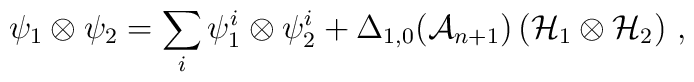
\psi_1 \otimes \psi_2 = \sum_i \psi^i_1 \otimes \psi^i_2 + \Delta_{1,0}({\cal A}_{n+1}) \left({\cal H}_1 \otimes {\cal H}_2 \right) \,,